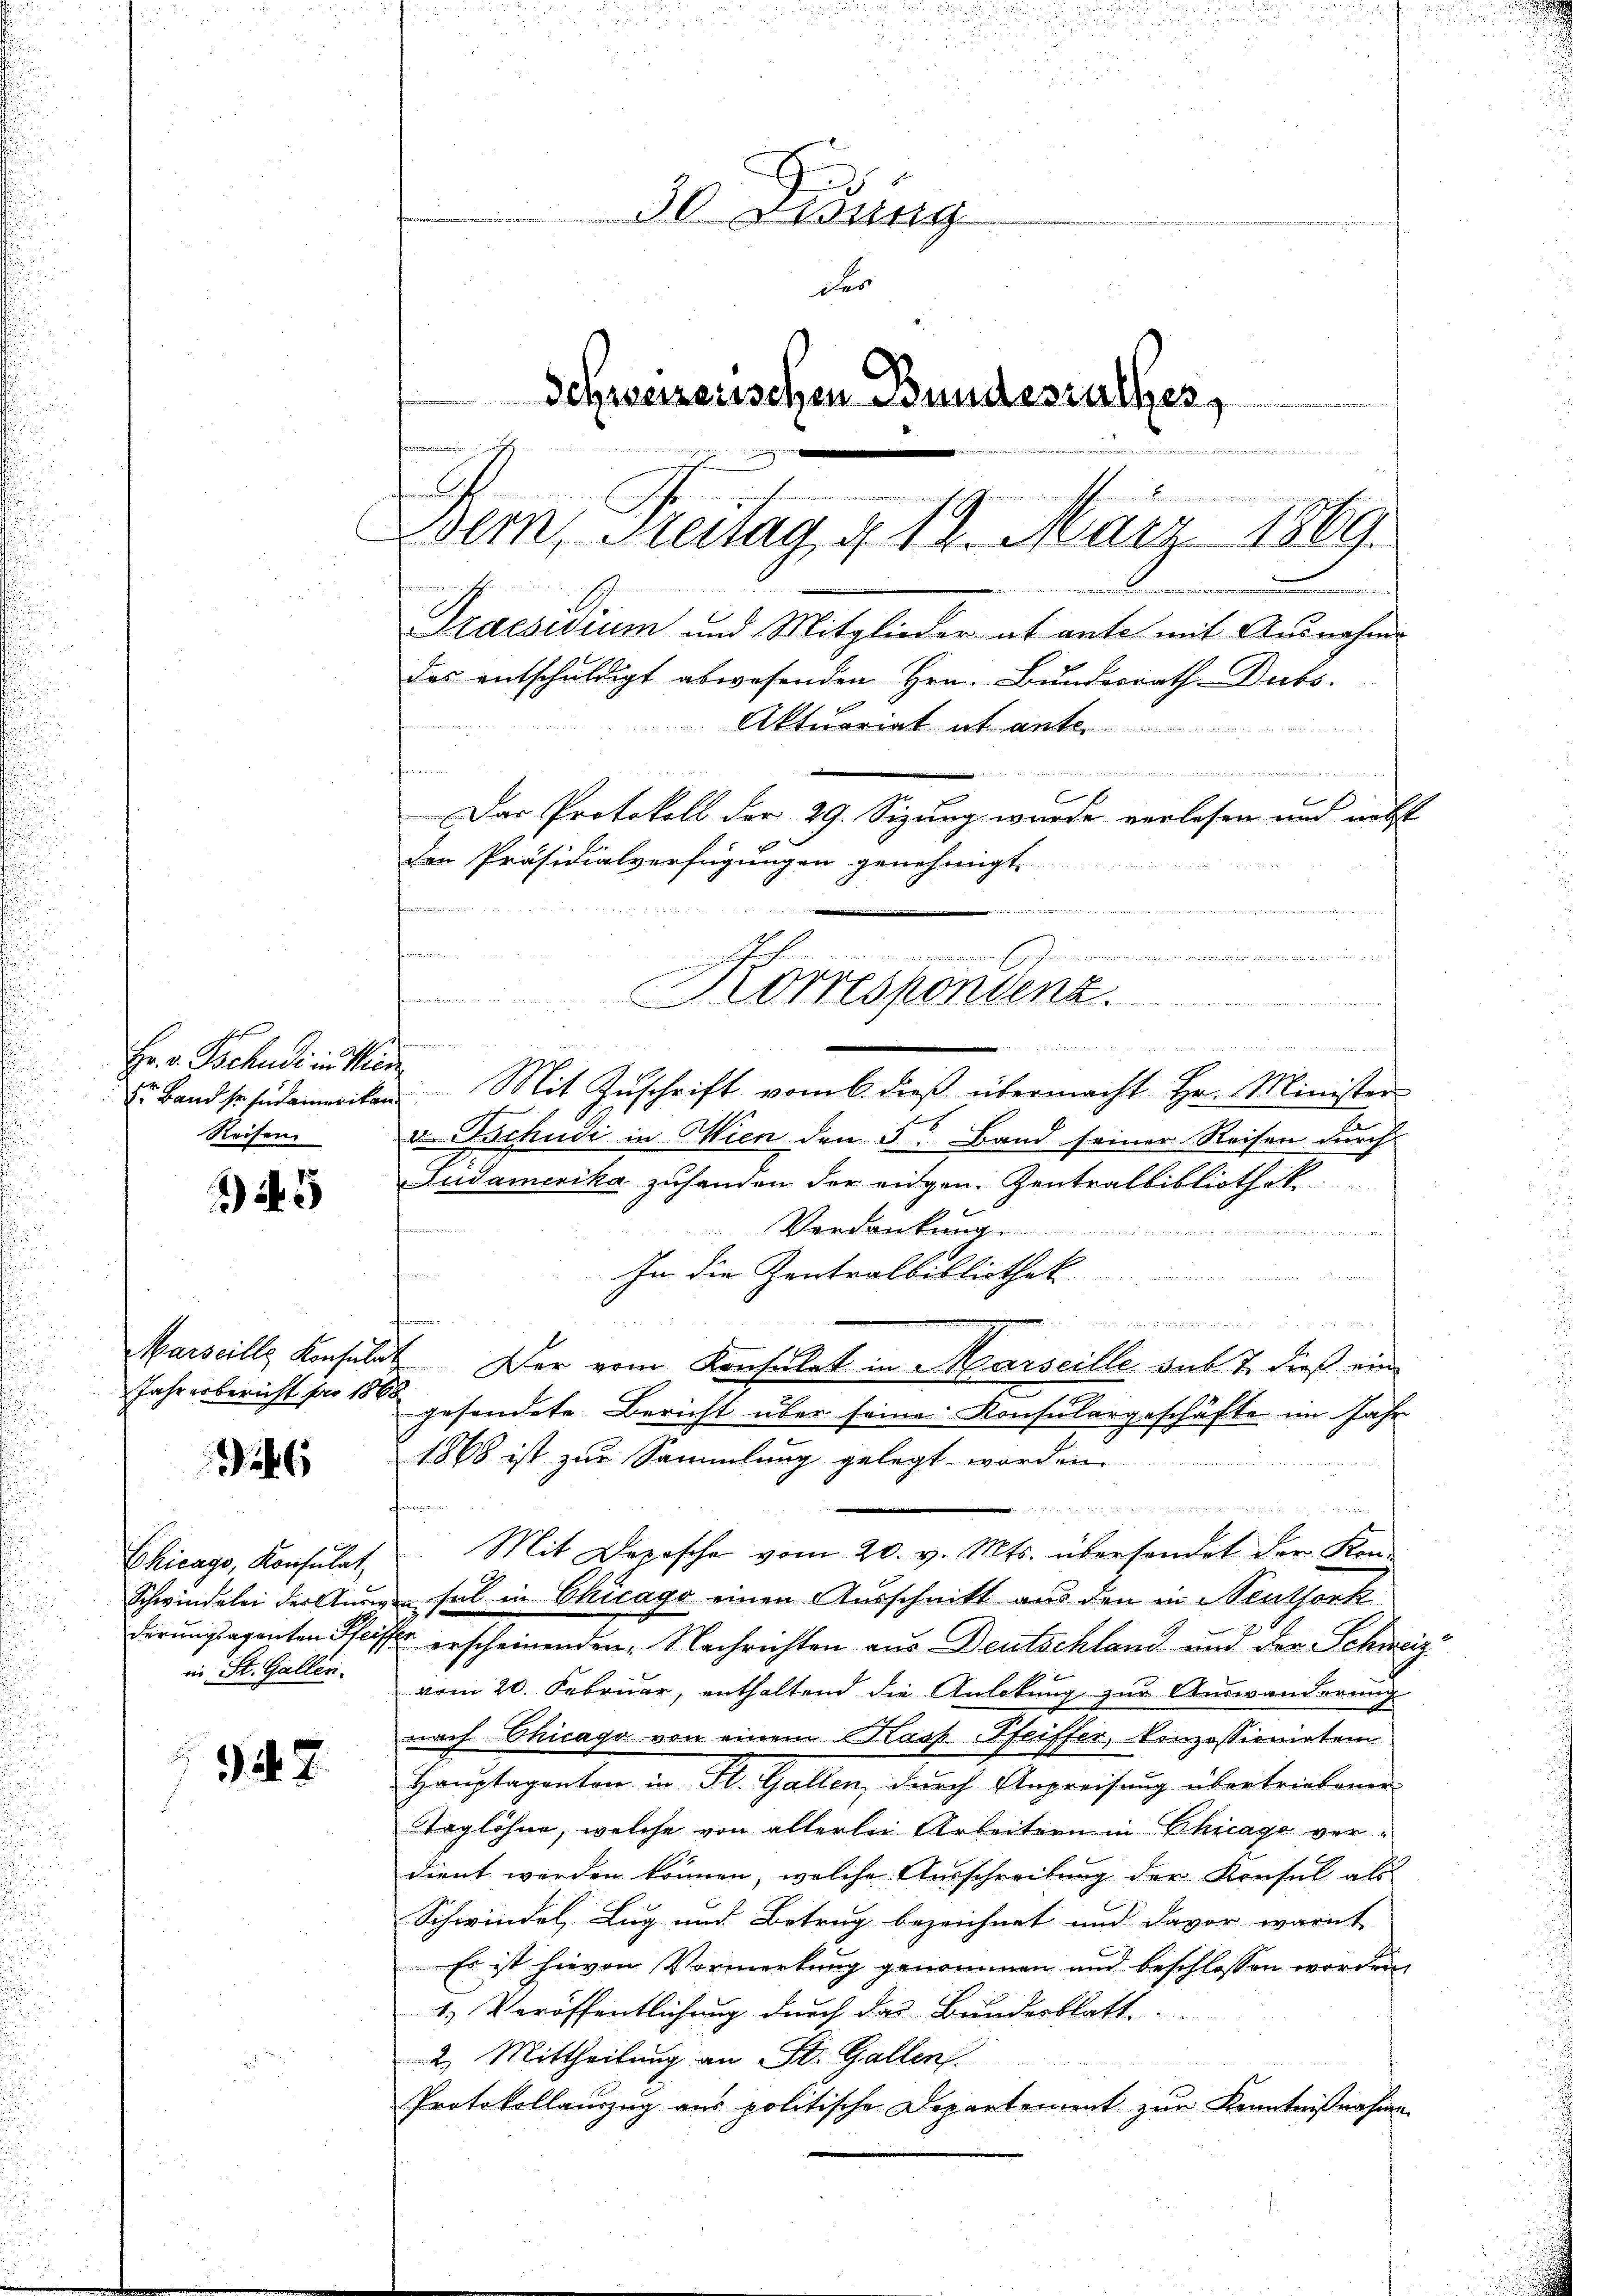
245

26

Chicago, Konsulat
Schwindelei der Audi
derungsaponten Pfeiff
in St. Gallen.

27

hefen
o
Hr. v. Tschule in Min
Reisen

30 Lidung
der
Schweizerischen Bundesrathes,

M
Wolm, Steitag d. 18. März 1869.

fernennen

x
Das Protokoll der 29. Sizung wurde verlesen und nebst
 de la
den Präsidialverfügungen genehmigt
4247
winde bereiten, wie in den er sich welche ist einen seitigenen ein einer Mitten in die
Korrespondenz.
n
Ich

Band so sidenweilen Mit Zŭschrift vom 6. dieß übermacht Hr. Minister
v. Tschudi in Wien den 5. Band seiner Reisen durch
Sudamerika zuhanden der eidgen. Zentralbibliothek.
i
Verdankung
n
Im die Zentralbibliothek
anfingereini
re
Marseille Konsulat. Der vom Konsulat in Marseille das 7. dieß ein
Jahresbericht pr 10 gesonderte Bericht über seine Konsulargeschäfte im Jahr
1868 ist zur Sammlung gelegt worden.
dee erstehen, in sein, in in des einer Meinungen von
ve

Mit Depesche vom 20. v. Mts. übersendet den Kon-
G
fal in Chicago einen Ausschnitt aus den in Neuthork
er erscheinenden Nachrichten aus Deutschland und der Schweiz
vom 20. Februar, enthaltend die Anlobung zur Auswanderung
nach Chicago von einem Kasp. Pfeiffer, konzessionirten
Hauptaganton in St. Gallen, durch Anpreisung übertriebenen
Taglöhne, welche von allerlei Arbeitern in Chicago verdient werden können, welche Ausschreibung der Konsul als
Schwindel, Zug und Betrug bezeichnet und davor warnt
Es ist hievon Vormerkung genommen und beschlossen worden,
1.) Veröffentlichung durch das Bundesblatt
2. Mittheilung an St. Gallen.
Protokollauszug aus politische Departement zur Kenntnißnahme

kommen
e
des entschuldigt abwesenden Hrn. Bundesrath Dubs

Praesidium und Mitglieder ab ante mit Ausnahme

Aktuariat abant